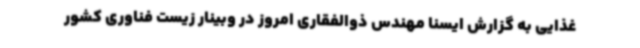
غذایی به گزارش ایسنا مهندس ذوالفقاری امروز در وبینار زیست فناوری کشور